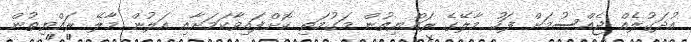
އުދަގުލެއް ޖެއްސުމަށް ފަހު މާލޭގެ ރައްޔިތުން މަގުމަތި ކޮށްފައިވާކަމަށާއި އަލުން މާލޭ ރައްޔިތުން